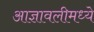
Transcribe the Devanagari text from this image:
आज्ञावलीमध्ये